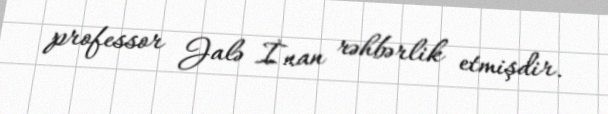
professor Jalə İnan rəhbərlik etmişdir.